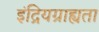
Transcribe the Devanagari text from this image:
इंद्रियग्राह्यता